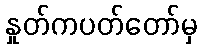
နှုတ်ကပတ်တော်မှ